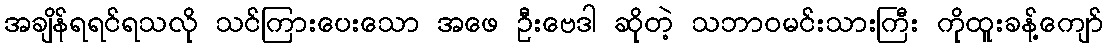
အချိန်ရရင်ရသလို သင်ကြားပေးသော အဖေ ဦးဗေဒါ ဆိုတဲ့ သဘာဝမင်းသားကြီး ကိုထူးခန့်ကျော်